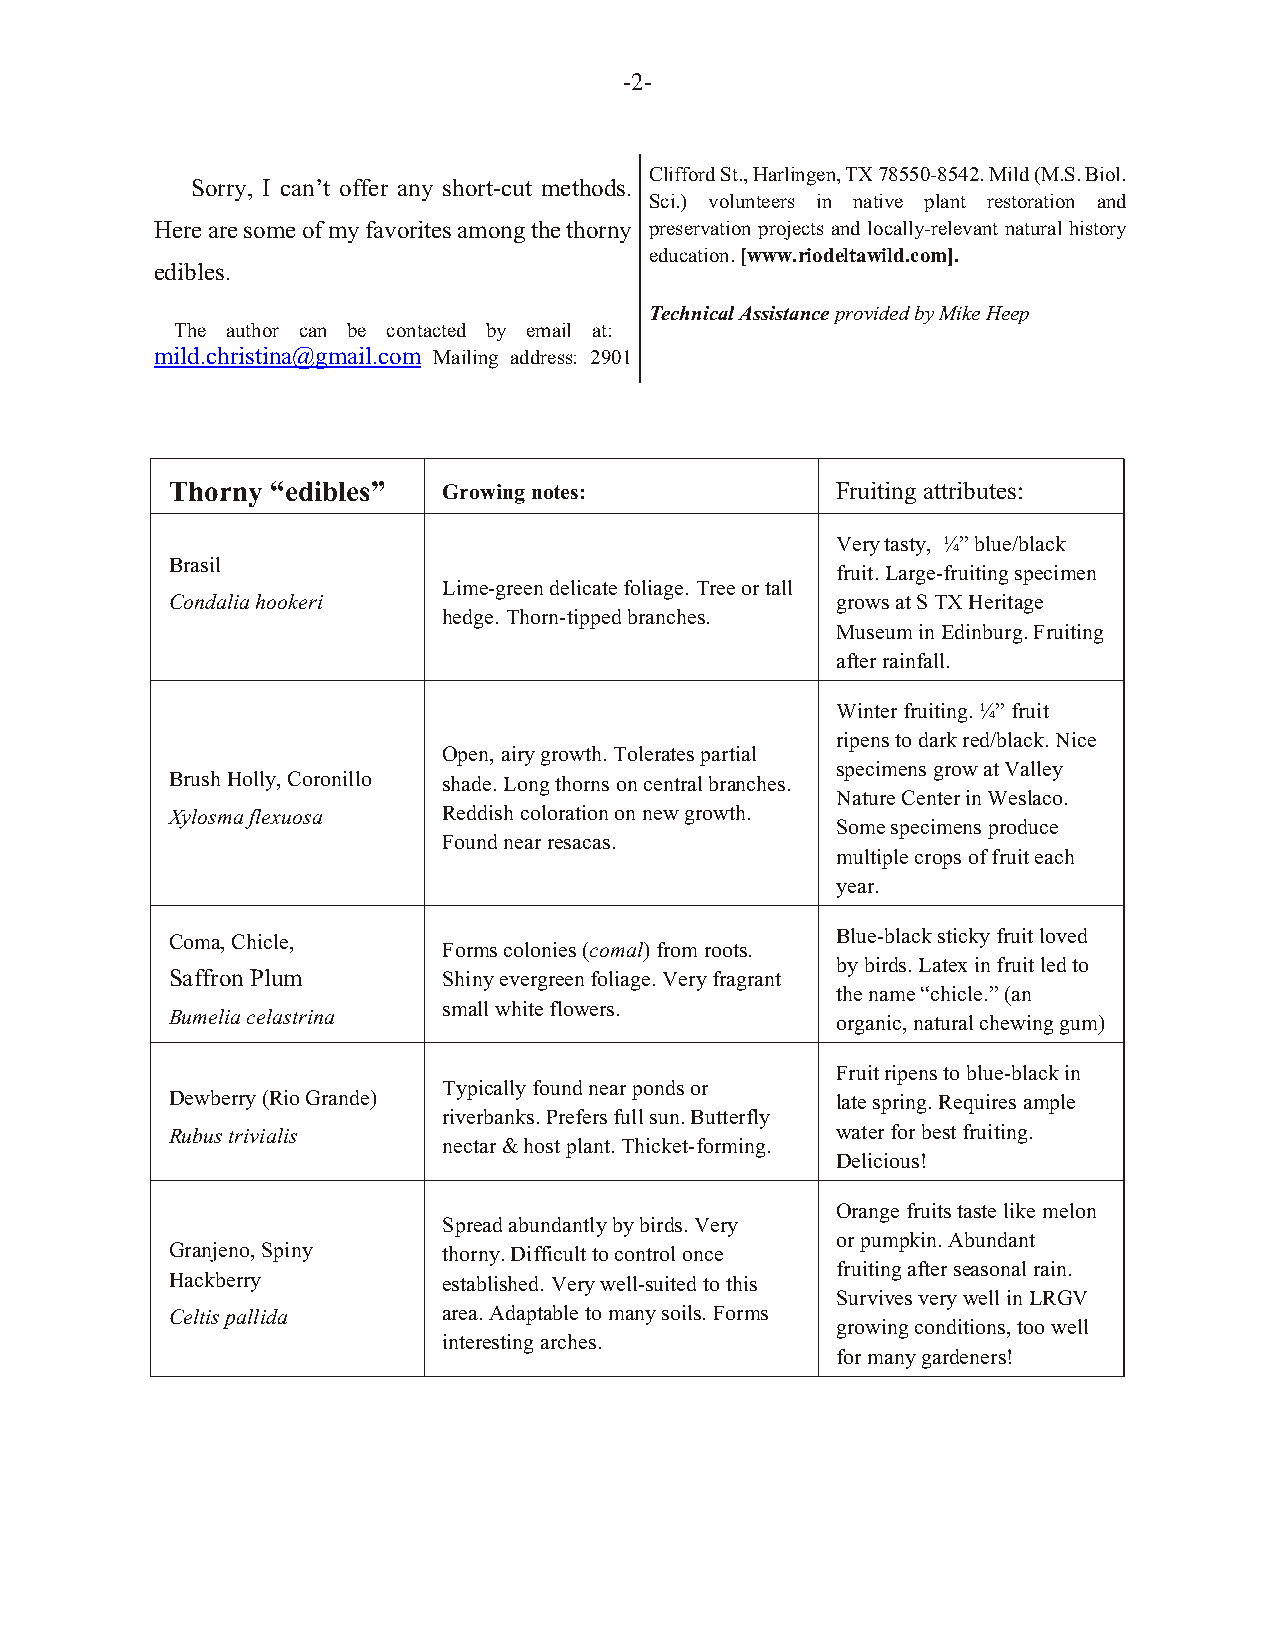
-2-
 Clifford St., Harlingen, TX 78550-8542. Mild (M.S. Biol.
 Sorry, I can’t offer any short-cut methods.
 Sci.) volunteers in native plant restoration and
 Here are some of my favorites among the thorny preservation projects and locally-relevant natural history
 education. [www.riodeltawild.com].
 edibles.
 Technical Assistance provided by Mike Heep
 The author can be contacted by email at:
 mild.christina@gmail.com Mailing address: 2901
 Thorny “edibles”  Growing notes:            Fruiting attributes:
 Very tasty, ¼” blue/black
 Brasil
 fruit. Large-fruiting specimen
 Lime-green delicate foliage. Tree or tall
 Condalia hookeri                            grows at S TX Heritage
 hedge. Thorn-tipped branches.
 Museum in Edinburg. Fruiting
 after rainfall.
 Winter fruiting. ¼” fruit
 ripens to dark red/black. Nice
 Open, airy growth. Tolerates partial
 specimens grow at Valley
 Brush Holly, Coronillo shade. Long thorns on central branches.
 Nature Center in Weslaco.
 Xylosma flexuosa  Reddish coloration on new growth.
 Some specimens produce
 Found near resacas.
 multiple crops of fruit each
 year.
 Coma, Chicle,                               Blue-black sticky fruit loved
 Forms colonies (comal) from roots.
 by birds. Latex in fruit led to
 Saffron Plum      Shiny evergreen foliage. Very fragrant
 the name “chicle.” (an
 small white flowers.
 Bumelia celastrina
 organic, natural chewing gum)
 Fruit ripens to blue-black in
 Typically found near ponds or
 Dewberry (Rio Grande)                       late spring. Requires ample
 riverbanks. Prefers full sun. Butterfly
 Rubus trivialis                             water for best fruiting.
 nectar & host plant. Thicket-forming.
 Delicious!
 Orange fruits taste like melon
 Spread abundantly by birds. Very
 or pumpkin. Abundant
 Granjeno, Spiny   thorny. Difficult to control once
 fruiting after seasonal rain.
 Hackberry         established. Very well-suited to this
 Survives very well in LRGV
 Celtis pallida    area. Adaptable to many soils. Forms
 growing conditions, too well
 interesting arches.
 for many gardeners!